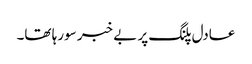
عادل پلنگ پر بے خبر سورہا تھا۔